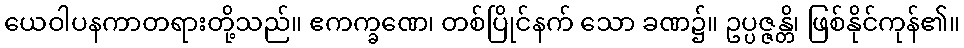
ယေဝါပနကာတရားတို့သည်။ ဧကက္ခဏေ၊ တစ်ပြိုင်နက် သော ခဏ၌။ ဥပ္ပဇ္ဇန္တိ၊ ဖြစ်နိုင်ကုန်၏။